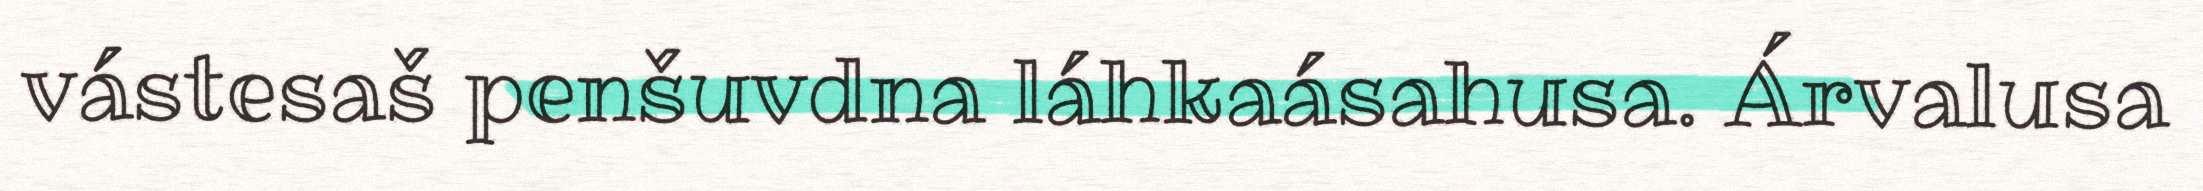
vástesaš penšuvdna láhkaásahusa. Árvalusa